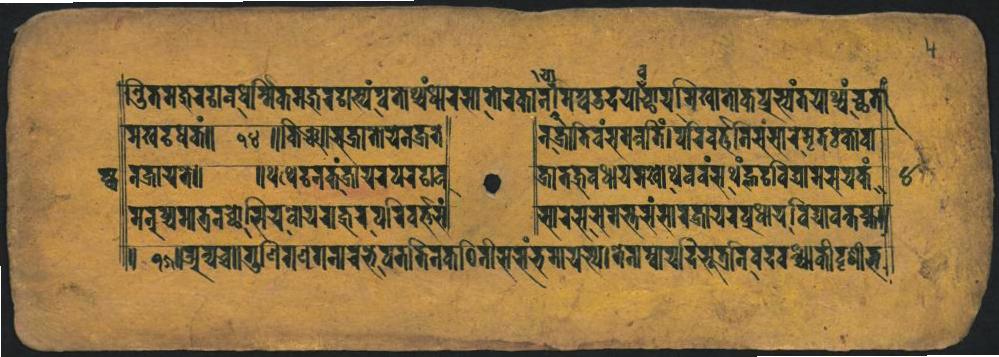
𑐟𑑂𑐬𑐶𑐟𑐩𑐖𑐸𑐬𑐚𑐵𑐧𑐢𑐬𑑂𑐣𑐶𑐟𑐩𑐖𑐸𑐡𑐵𑐳𑑂𑐫𑑄𑐥𑑂𑐬𑐟𑐵𑐱𑑂𑑄𑐩𑐵𑐬𑐳𑐵𑐟𑑀𑐬𑐎𑐵𑐣𑐵𑐩𑑂𑑁𑐡𑐫𑐵𑐔𑑂𑐕𑐵𑐬𑑂𑐫𑐬𑐶𑐏𑐵𑐟𑐵𑐎𑐥𑑂𑐬𑐸𑐳𑑂𑐫𑑄𑐟𑐫𑐵𑐱𑑂𑐫𑑄𑐔𑑂𑐕𑐟𑐵 𑐩𑐏𑐡𑐲𑐎𑑄 𑐟𑐎𑑂𑐬𑐵𑐫𑐟𑐾𑑌 𑐩𑐣𑐸𑑂𑐔𑑂𑐫𑐩𑐟𑑂𑐬𑐔𑑂𑐕𑑀𑐳𑐶𑐔𑐰𑑀𑐫𑐫𑐡𑑂𑐨𑐬𑐥𑐬𑐶𑐰𑐬𑑂𑐟𑐫𑐾 𑐀𑐰𑑂𑐢𑐬𑐔𑑂𑐵𑐐𑐸𑐞𑐶𑐐𑐢𑐐𑐣𑐵𑐬𑐨𑐾𑐰𑐟𑐟𑐶𑐣𑐎𑐠𑐶𑐟𑐷𑐳𑐮𑑄𑐨𑐩𑐵𑐫𑐳𑑂𑐫𑑋𑐰𑐿𑐫𑐲𑑂𑐫𑐫𑐡𑐳𑐹𑐟𑑂𑐬𑐵𑐣𑐰𑐡𑐰𑑂𑐱𑑂𑐫𑐵𑐎𑐷𑐡𑐺𑐱𑐬𑑄𑐨